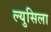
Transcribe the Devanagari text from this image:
ल्युसिला